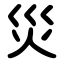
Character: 災